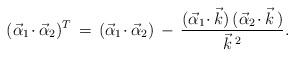
LaTeX: \begin{align*}(\vec\alpha_1\!\cdot\vec\alpha_2)^T\,=\,(\vec\alpha_1\!\cdot\vec\alpha_2)\,-\,{(\vec\alpha_1\!\cdot\vec k)\,(\vec\alpha_2\!\cdot\vec k\,)\over \vec k\,^2}.\end{align*}